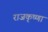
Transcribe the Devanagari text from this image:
राजकृष्णा